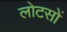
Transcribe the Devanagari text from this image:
लोटसों